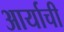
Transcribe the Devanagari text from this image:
आर्याची